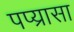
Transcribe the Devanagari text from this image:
पप्य्रासा